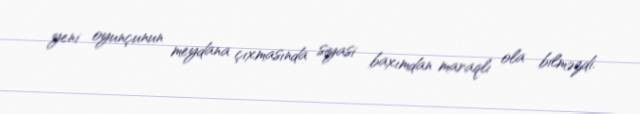
yeni oyunçunun meydana çıxmasında siyasi baxımdan maraqlı ola bilməzdi.